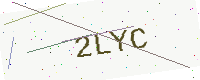
Text: 2LYC